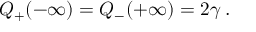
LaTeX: { \cal Q } _ { + } ( - \infty ) = { \cal Q } _ { - } ( + \infty ) = 2 \gamma \: .